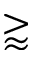
\gtrapprox